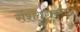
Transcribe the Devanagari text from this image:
संशयग्रस्तता